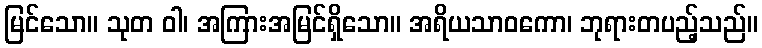
မြင်သော။ သုတ ဝါ၊ အကြားအမြင်ရှိသော။ အရိယသာဝကော၊ ဘုရားတပည့်သည်။